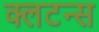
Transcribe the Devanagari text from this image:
क्लटन्स